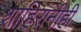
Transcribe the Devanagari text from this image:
शाहिरांनीही